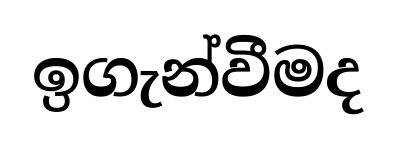
ඉගැන්වීමද